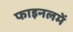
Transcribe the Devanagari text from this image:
फाइनलमें